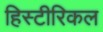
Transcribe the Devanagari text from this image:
हिस्टीरिकल